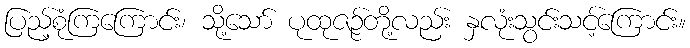
ပြည့်စုံကြကြောင်း၊ သို့သော် ပုထုဇဉ်တို့လည်း နှလုံးသွင်းသင့်ကြောင်း။